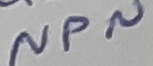
Text: NPN